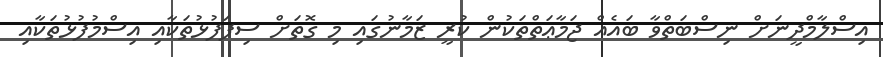
އިސްލާމްދީނަށް ނިސްބަތްވާ ބައެއް ޖަމާޢަތްތަކުން ކުރީ ޒަމާނުގައި މި ގޮތަށް ސިފަފުޅުތަކާއި އިސްމުފުޅުތަކާއި